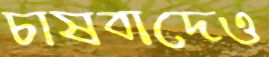
চাষবাদেও